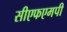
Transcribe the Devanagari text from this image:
सीएफएमपी